King Institute of Preventive Medicine Bacteriolog. Section reports 1907-08
Year: 1907
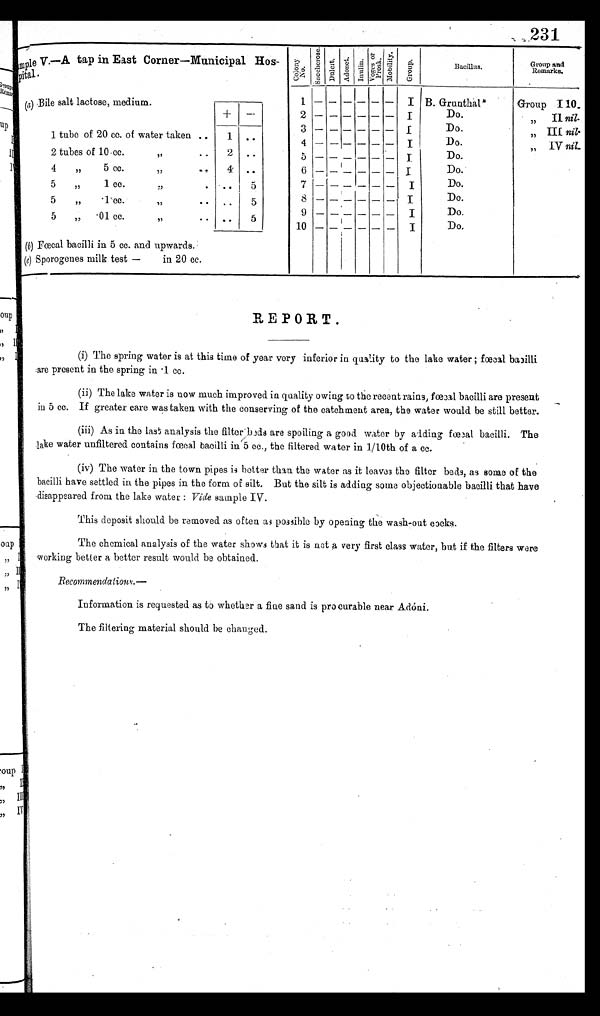
231S a m p l e
V. —A tap in East Corner—Municipal Hos-
p
pital .
C o l o n y N o .
S a c c h e r o s e .
Dulcit.
A d o n i t . . I n u l i n .
Vo g e s a n d P r o s k .
M o b i l i t y .
G r o u p .
Bacillus.
Group and
Remarks.
1
2
3
4
I B. Grunthal*
Do.
D
Do
Do.
Group I 10.
(a) Bile salt lactosc, medium.
+
—
1 tube of 20 cc. of water taken . .
1
.
.
..
2
..
2 tubes of 10cc.
5 — _ _ _ _ _
I Do.
, , I I N i l .
4
, ,
5 cc.
,,
..
4
.
6 — _ _ — _ _ I
Do.
, , I I I N i l .
5 ,, 1 ce.
. ..
5
7 _ ___ _ ____ _
I
Do.
, , I V N i l .
5
,,
.1cc.
,,
. . . . 5
5 .01 cc. . . 5
8
9
I
Do.
Do.
. ,
>
5>
.
10
I
Do.
(t) Fœcal bacilli in 5 cc. and upwards.
I
(e) Sporogenes milk test —
in 20 cc.
I
REPORT.
(i) The spring water is at this time of year very inferior in quality to the lake water ; fœcal bacilli
are present in the spring in .1 cc.
(ii) The lake water is now much improved in quality owing to the recent rains, fœcal bacilli are present
in 5 cc. If greater care was taken with the conserving of the catchment area, the water would be still better.
(iii) As in the last analysis the filter beds are spoiling a good. water by adding fœcal bacilli. The
lake water unfiltered contains fœcal bacilli in 5 cc., the filtered water in 1/10th of a cc.
(iv) The water in the town pipes is better than the water as it leaves the filter beds, as some of the
bacilli have settled in the pipes in the form of silt. But the silt is adding some objectionable bacilli that have
disappeared from the lake water : Vide sample IV.
This deposit should be removed as often as possible by opening the wash-out cocks.
The chemical analysis of the water shows that it is not a very first class water, but if the filters were
working better a better result would be obtained.
R e c o m m e n d a t i o n s . —
Information is requested as to whether a fine sand is pro curable near Adóni.
The filtering material should be changed.